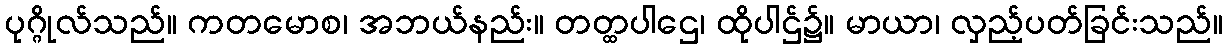
ပုဂ္ဂိုလ်သည်။ ကတမောစ၊ အဘယ်နည်း။ တတ္ထပါဌေ၊ ထိုပါဌ်၌။ မာယာ၊ လှည့်ပတ်ခြင်းသည်။